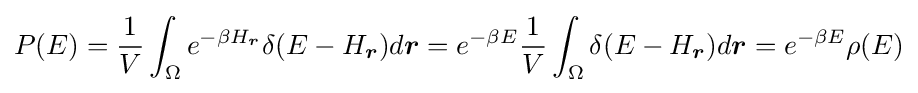
P(E)={\frac {1}{V}}\int _{\Omega }e^{-\beta H_{\boldsymbol {r}}}\delta (E-H_{\boldsymbol {r}})d{\boldsymbol {r}}=e^{-\beta E}{\frac {1}{V}}\int _{\Omega }\delta (E-H_{\boldsymbol {r}})d{\boldsymbol {r}}=e^{-\beta E}\rho (E)